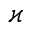
\varkappa